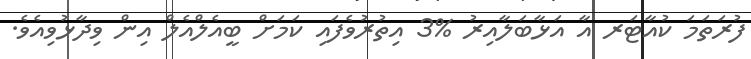
ފުރަތަމަ ކުއާޓަރ އާ އަޅާބަލާއިރު %3 އިތުރުވެފައި ކަމަށް ބީއެލްއެލް އިން ވިދާޅުވިއެވެ.